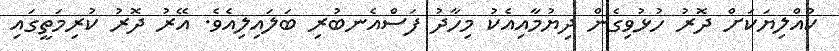
ކުއްލިޔަކަށް ދޮރު ހުޅުވިގެން ދިޔުމާއިއެކު މިހާދު ފަސްއެނބުރި ބަލައިލިއެވެ. އޭރު ދޮރު ކުރިމަތީގައި